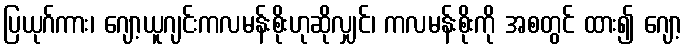
ပြယုဂ်ကား၊ ဂျော့ယူဂျင်းကလမန်းစိုးဟုဆိုလျှင်၊ ကလမန်းစိုးကို အစတွင် ထား၍ ဂျော့